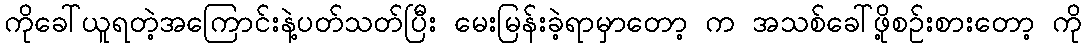
ကိုခေါ်ယူရတဲ့အကြောင်းနဲ့ပတ်သတ်ပြီး မေးမြန်းခဲ့ရာမှာတော့ က အသစ်ခေါ်ဖို့စဉ်းစားတော့ ကို